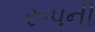
રૂપની